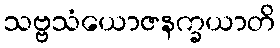
သဗ္ဗသံယောဇနက္ခယာတိ